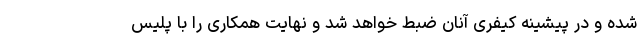
شده و در پیشینه کیفری آنان ضبط خواهد شد و نهایت همکاری را با پلیس